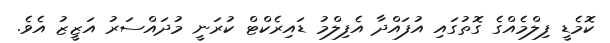
ކޮމެޑީ ފިލްމެއްގެ ގޮތުގައި އުފައްދާ އެފިލްމު ޑައިރެކްޓް ކުރަނީ މުދައްސަރު އަޒީޒު އެވެ.